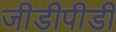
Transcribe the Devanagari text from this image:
जीडीपीडी